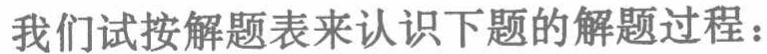
我们试按解题表来认识下题的解题过程：